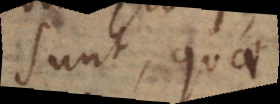
sunt, quae